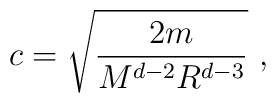
c = \sqrt{\frac{2m}{M^{d-2}R^{d-3}}}~,